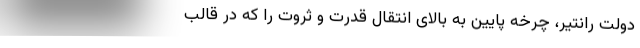
دولت رانتیر، چرخه پایین به بالای انتقال قدرت و ثروت را که در قالب